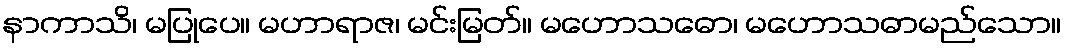
နာကာသိ၊ မပြုပေ။ မဟာရာဇ၊ မင်းမြတ်။ မဟောသဓော၊ မဟောသဓာမည်သော။